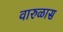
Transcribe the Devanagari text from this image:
वारुळास